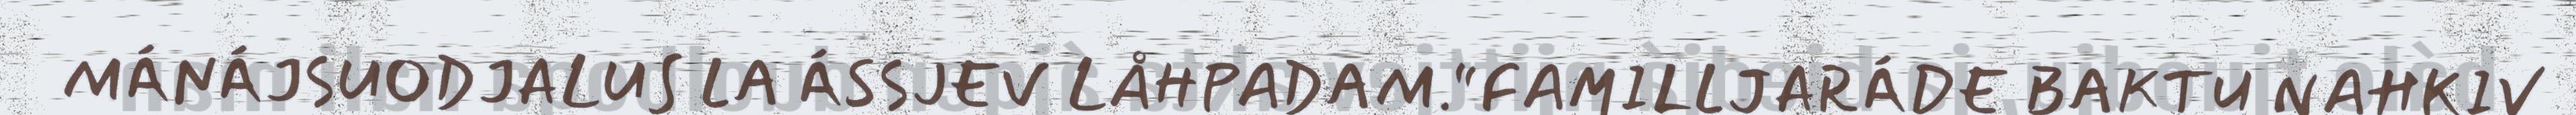
MÁNÁJSUODJALUS LA ÁSSJEV LÅHPADAM.“FAMILLJARÁDE BAKTU NAHKIV